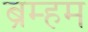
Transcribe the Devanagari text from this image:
ब्रम्हम